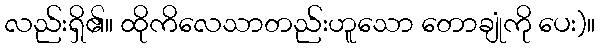
လည်းရှိ၏။ ထိုကိလေသာတည်းဟူသော တောချုံကို ပေး)။